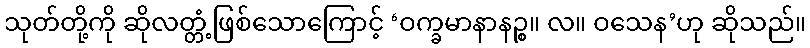
သုတ်တို့ကို ဆိုလတ္တံ့ဖြစ်သောကြောင့် ‘ဝက္ခမာနာနဉ္စ။ လ။ ဝသေန’ဟု ဆိုသည်။